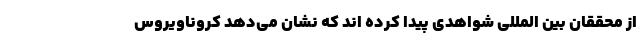
از محققان بین المللی شواهدی پیدا کرده اند که نشان می‌دهد کروناویروس